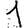
Digit: 1